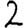
Digit: 2